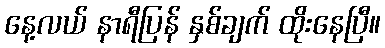
နေ့လယ် နာရီပြန် နှစ်ချက် ထိုးနေပြီ။